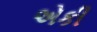
એકી